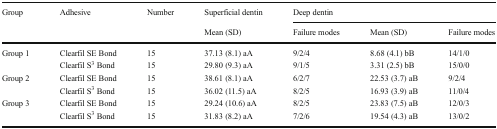
<table><thead><tr><td rowspan="2"><b>Group</b></td><td rowspan="2"><b>Adhesive</b></td><td rowspan="2"><b>Number</b></td><td><b>Superficial dentin</b></td><td colspan="3"><b>Deep dentin</b></td></tr><tr><td><b>Mean (SD)</b></td><td><b>Failure modes</b></td><td><b>Mean (SD)</b></td><td><b>Failure modes</b></td></tr></thead><tbody><tr><td rowspan="2">Group 1</td><td>Clearfil SE Bond</td><td>15</td><td>37.13 (8.1) aA</td><td>9/2/4</td><td>8.68 (4.1) bB</td><td>14/1/0</td></tr><tr><td>Clearfil S<sup>3</sup> Bond</td><td>15</td><td>29.80 (9.3) aA</td><td>9/1/5</td><td>3.31 (2.5) bB</td><td>15/0/0</td></tr><tr><td rowspan="2">Group 2</td><td>Clearfil SE Bond</td><td>15</td><td>38.61 (8.1) aA</td><td>6/2/7</td><td>22.53 (3.7) aB</td><td>9/2/4</td></tr><tr><td>Clearfil S<sup>3</sup> Bond</td><td>15</td><td>36.02 (11.5) aA</td><td>8/2/5</td><td>16.93 (3.9) aB</td><td>11/0/4</td></tr><tr><td rowspan="2">Group 3</td><td>Clearfil SE Bond</td><td>15</td><td>29.24 (10.6) aA</td><td>8/2/5</td><td>23.83 (7.5) aB</td><td>12/0/3</td></tr><tr><td>Clearfil S<sup>3</sup> Bond</td><td>15</td><td>31.83 (8.2) aA</td><td>7/2/6</td><td>19.54 (4.3) aB</td><td>13/0/2</td></tr></tbody></table>